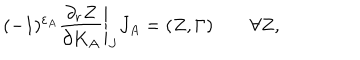
( - 1 ) ^ { \varepsilon _ { A } } \left. { \frac { \partial _ { r } Z } { \partial K _ { A } } } \right| _ { J } J _ { A } = ( Z , \Gamma ) \quad \quad \forall Z ,